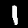
Digit: 1